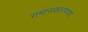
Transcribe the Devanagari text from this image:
समाजकारणाच्या